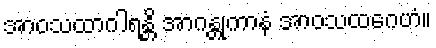
အာဝသထာဂါရန္တိ အာဂန္တုကာနံ အာဝသထဂေဟံ။